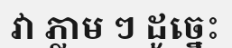
វា ភ្លាម ៗ ដូច្នេះ